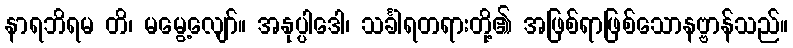
နာရဘိရမ တိ၊ မမွေ့လျော်။ အနုပ္ပါဒေါ၊ သင်္ခါရတရားတို့၏ အဖြစ်ရာဖြစ်သောနဗ္ဗာန်သည်။